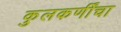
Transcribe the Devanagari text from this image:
कुलकर्णींचा